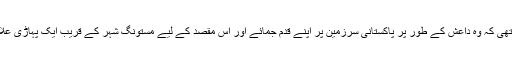
بیان میں کہا گیا ہے، ’’لشکر جھنگوی العالمی کی کوشش تھی کہ وہ داعش کے طور پر پاکستانی سرزمین پر اپنے قدم جمائے اور اس مقصد کے لیے مستونگ شہر کے قریب ایک پہاڑی علاقے میں ایک گڑھ قائم کرنے کی کوشش کی جا رہی تھی۔